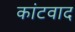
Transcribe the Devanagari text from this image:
कांटवाद